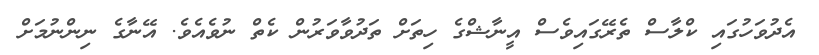
އެދުވަހުގައި ކްލާސް ތެރޭގައިވެސް އީނާޝްގެ ހިތަށް ތަދުވާވަރުން ކެތް ނުވެއެވެ. އޭނާގެ ނިންނުމަށް